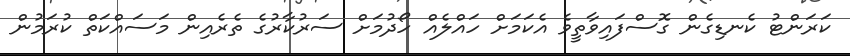
ކަރަންޓު ކެނޑިގެން ގޮސްފައިވާތީވެ އެކަމަށް ހައްލެއް ހޯދުމަށް ސަރުކާރުގެ ތެރެއިން މަސައްކަތް ކުރަމުން